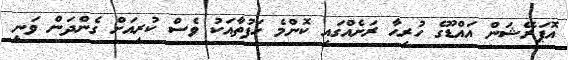
އޮޕަރޭޝަން އައްޑޫގެ ހުރިހާ ރަށެއްގައި ކޮންމެ ހަފުތާއަކު ވެސް ކުރިއަށް ގެންދަން ވަނީ